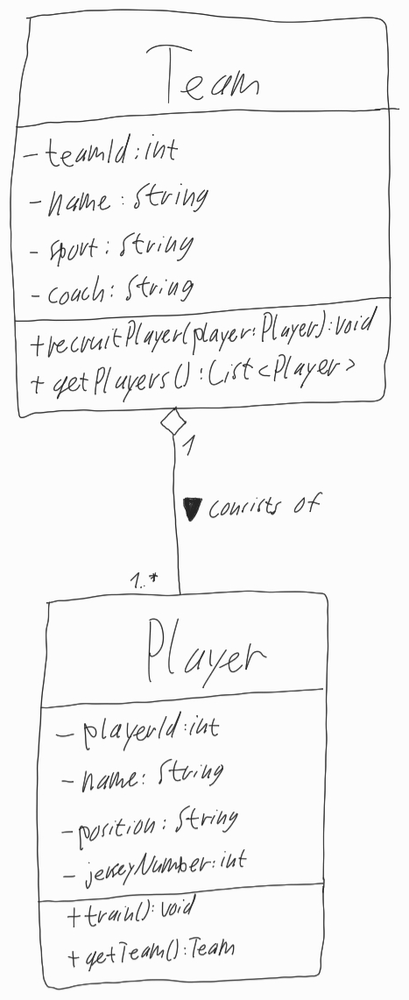
Diagram type: class_diagram
```plantuml
@startuml

class Team {
  - teamId: int
  - name: String
  - sport: String
  - coach: String
  + recruitPlayer(player: Player): void
  + getPlayers(): List<Player>
}

class Player {
  - playerId: int
  - name: String
  - position: String
  - jerseyNumber: int
  + train(): void
  + getTeam(): Team
}

Team "1" o-- "1..*" Player : consists of >

@enduml
```